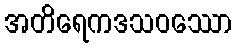
အတိရေကဒသဝဿော